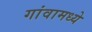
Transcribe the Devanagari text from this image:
गांवामध्ये